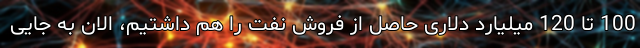
100 تا 120 میلیارد دلاری حاصل از فروش نفت را هم داشتیم، الان به جایی